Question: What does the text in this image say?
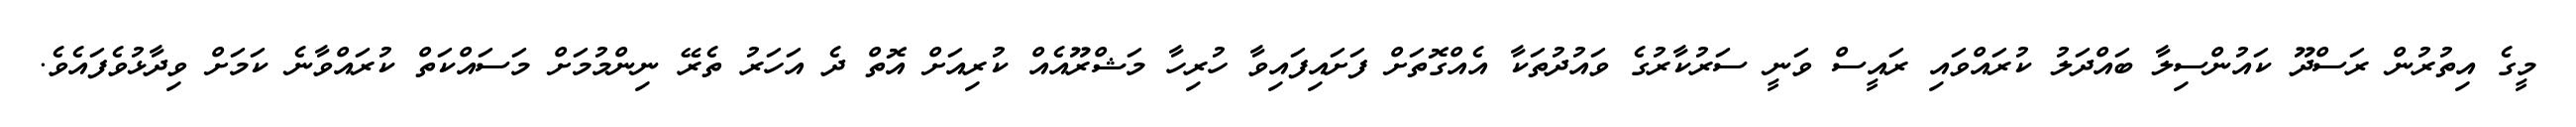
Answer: މީގެ އިތުރުން ރަސްދޫ ކައުންސިލާ ބައްދަލު ކުރައްވައި ރައީސް ވަނީ ސަރުކާރުގެ ވައުދުތަކާ އެއްގޮތަށް ފަށައިފައިވާ ހުރިހާ މަޝްރޫއެއް ކުރިއަށް އޮތް ދެ އަހަރު ތެރޭ ނިންމުމަށް މަސައްކަތް ކުރައްވާނެ ކަމަށް ވިދާޅުވެފައެވެ.